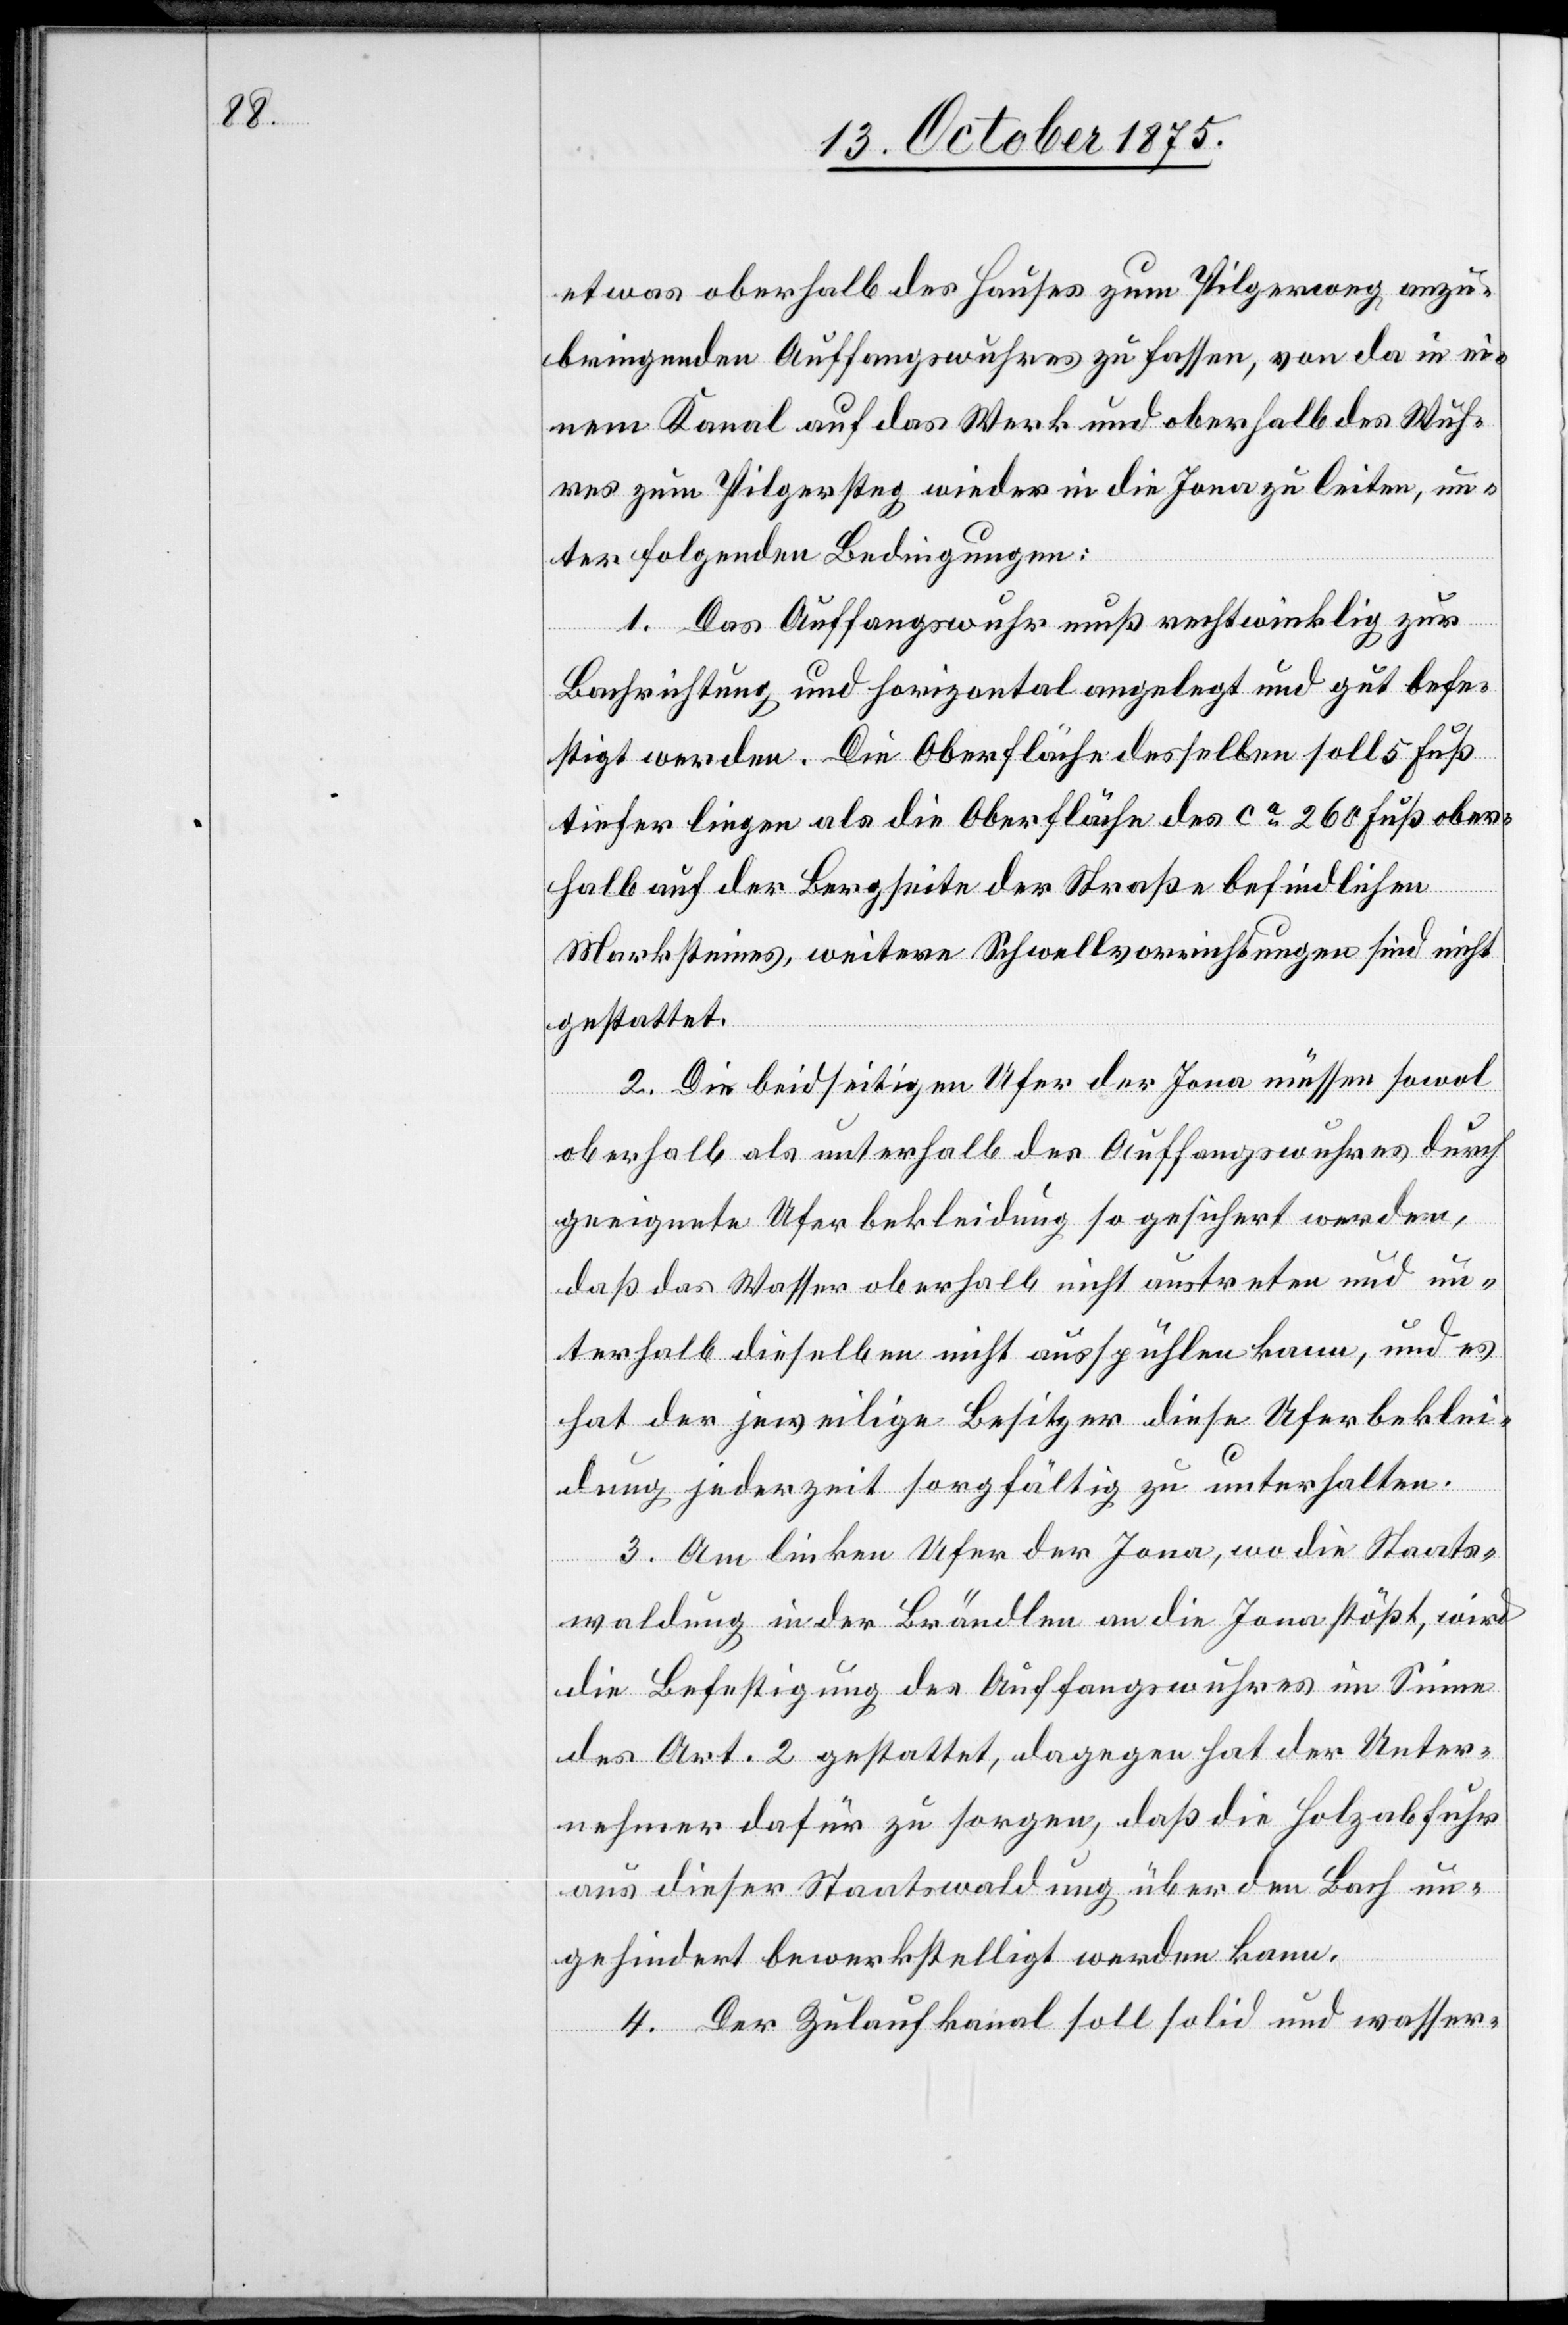
etwas oberhalb des Hauses zum Pilgerweg anzu¬
bringenden Auffangswuhres zu fassen, von da in ei¬
nem Kanal auf das Werk und oberhalb des Wuh¬
res zum Pilgersteg wieder in die Jona zu leiten, un¬
ter folgenden Bedingungen:
1. Das Auffangswuhr muß rechtwinklig zur
Bachrichtung und horizontal angelegt und gut befe¬
stigt werden. Die Oberfläche desselben soll 5 Fuß
tiefer liegen als die Oberfläche des ca 260 Fuß ober¬
halb auf der Bergseite der Straße befindlichen
Marksteines, weitere Schwellvorrichtungen sind nicht
gestattet.
2. Die beidseitigen Ufer der Jona müssen sowol
oberhalb als unterhalb des Auffangswuhres durch
geeignete Uferbekleidung so gesichert werden,
daß das Wasser oberhalb nicht austreten und un¬
terhalb dieselben nicht ausspühlen kann, und es
hat der jeweilige Besitzer diese Uferbeklei¬
dung jederzeit sorgfältig zu unterhalten.
3. Am linken Ufer der Jona, wo die Staats¬
waldung in der Brändlen an die Jona stößt, wird
die Befestigung des Auffangswuhres im Sinne
des Art. 2 gestattet, dagegen hat der Unter¬
nehmer dafür zu sorgen, daß die Holzabfuhr
aus dieser Staatswaldung über den Bach un¬
gehindert bewerkstelligt werden kann.
4. Der Zulaufkanal soll solid und wasser-